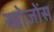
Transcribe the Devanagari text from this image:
खोजोंस